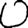
Digit: 0